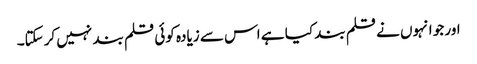
اور جو انہوں نے قلم بند کیا ہے اس سے زیادہ کوئی قلم بند نہیں کرسکتا۔